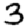
Digit: 3